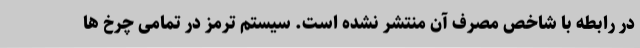
در رابطه با شاخص مصرف آن منتشر نشده است. سیستم ترمز در تمامی چرخ ها